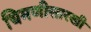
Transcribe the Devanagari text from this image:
चिमणीसारखी